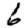
Digit: 6